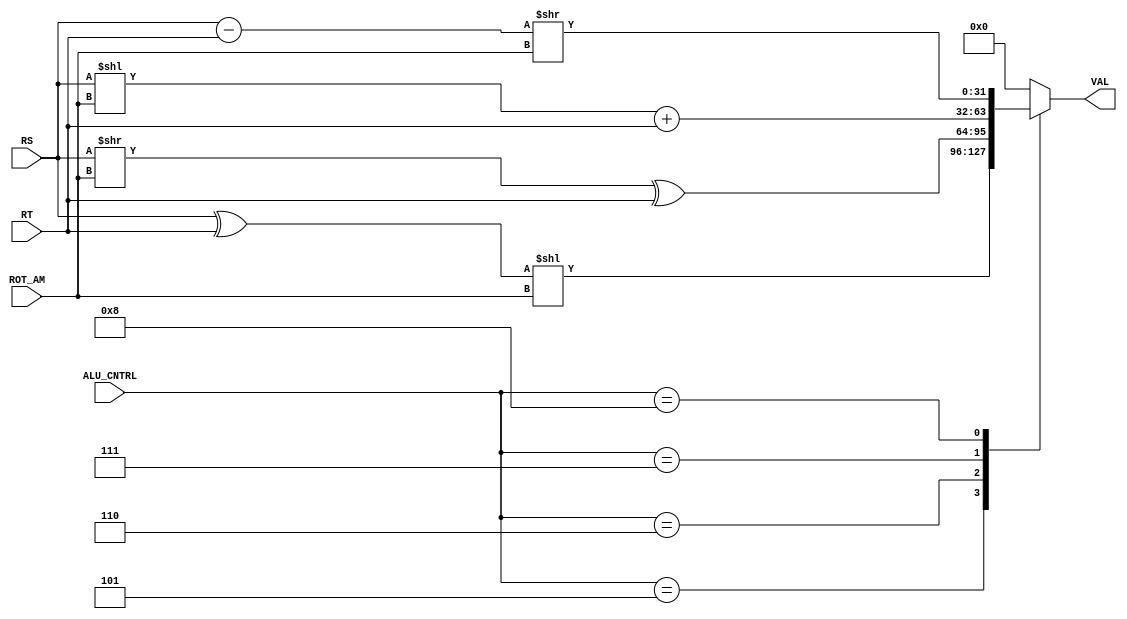
`timescale 1ns / 1ps
module SI_ALU(
    input [31:0] RS,
    input [31:0] RT,
    input [3:0] ROT_AM,
    input [3:0]ALU_CNTRL,
    output reg [31:0] VAL
    );
 
    initial begin
    VAL <= 0;
    end
    always@(RS, RT, ALU_CNTRL)
    begin
    case(ALU_CNTRL)
    4'd5: begin
        //XOR and rotate left
        VAL = (RS ^ RT)<<ROT_AM;        
        end 
    4'd6: begin
        // right rotate and xor
        VAL = (RS >> ROT_AM) ^ RT;
        end
    4'd7: begin
        // left rotate and add
        VAL = (RS << ROT_AM) + RT;
        end   
    4'd8: begin
        // sub and right rotate
        VAL = (RS - RT) >> ROT_AM;
        end
    default: VAL = 0;
    endcase    
    end
endmodule